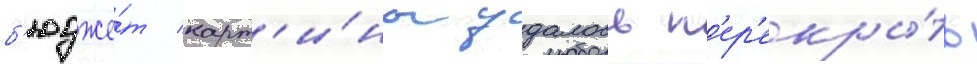
б'юдже́т карт'и́ны удалось п'ер'екры́ть